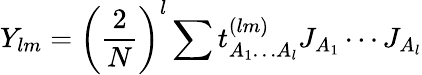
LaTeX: Y_{lm}=\left(\frac{2}{N}\right)^{l}\sum t_{A_{1}\ldots A_{l}}^{(lm)}J_{A_{1}}\cdots J_{A_{l}}